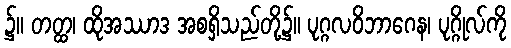
၌။ တတ္ထ၊ ထိုအဿာဒ အစရှိသည်တို့၌။ ပုဂ္ဂလဝိဘာဂေန၊ ပုဂ္ဂိုလ်ကို